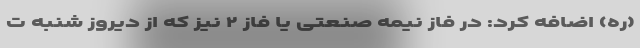
(ره) اضافه کرد: در فاز نیمه صنعتی یا فاز ۲ نیز که از دیروز شنبه ت